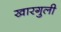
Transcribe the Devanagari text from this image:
खारगुली